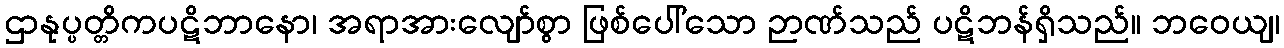
ဌာနုပ္ပတ္တိကပဋိဘာနော၊ အရာအားလျော်စွာ ဖြစ်ပေါ်သော ဉာဏ်သည် ပဋိဘန်ရှိသည်။ ဘဝေယျ၊